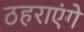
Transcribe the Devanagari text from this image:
ठहराएंगे